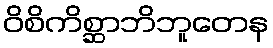
ဝိစိကိစ္ဆာဘိဘူတေန